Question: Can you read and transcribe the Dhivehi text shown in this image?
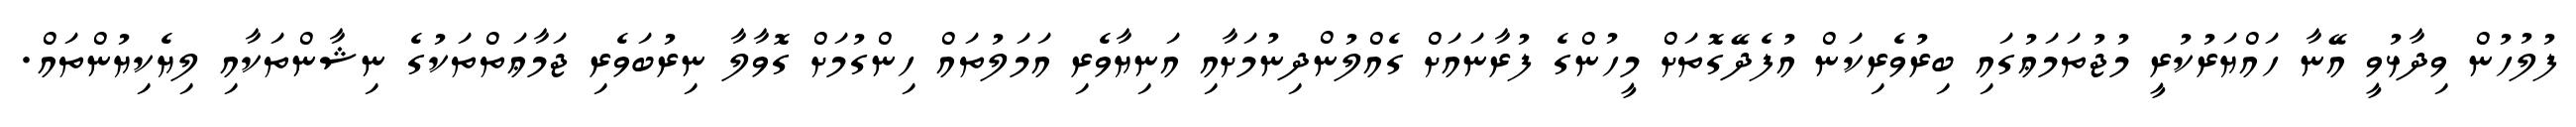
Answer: ފުލުހުން ވިދާޅުވީ އޭނާ ހައްޔަރުކުރީ މުޖުތަމަޢުގައި ބިރުވެރިކަން އުފެދޭގޮތަށް މީހުންގެ ފުރާނައަށް ގެއްލުންދިނުމަށާއި އަނިޔާވެރި އަމަލުތައް ހިންގުމަށް ގޮވާލާ ނިރުބަވެރި ޖަމާޢަތްތަކުގެ ނިޝާންތަކާއި ލިޔެކިޔުންތައް.